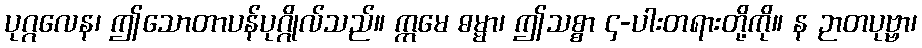
ပုဂ္ဂလေန၊ ဤသောတာပန်ပုဂ္ဂိုလ်သည်။ ဣမေ ဓမ္မာ၊ ဤသစ္စာ ၄-ပါးတရားတို့ကို။ န ဉာတပုဗ္ဗာ၊